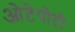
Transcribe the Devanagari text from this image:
ओटेपोटी